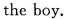
the boy.